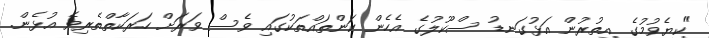
"ކިޔެވުމުގެ އިތުރުން އަޅުގަނޑު ސްކޫލުގެ އެހެން ކަންތައްތަކުގައި ވެސް ވަރަށް ހަރަކާތްތެރިވެ އުޅެން.